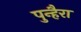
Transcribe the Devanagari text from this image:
पुन्हैरा